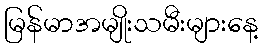
မြန်မာအမျိုးသမီးများနေ့